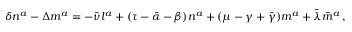
\delta n ^ { a } - \Delta m ^ { a } = - { \bar { \nu } } l ^ { a } + ( \tau - { \bar { \alpha } } - \beta ) n ^ { a } + ( \mu - \gamma + { \bar { \gamma } } ) m ^ { a } + { \bar { \lambda } } { \bar { m } } ^ { a } \, ,